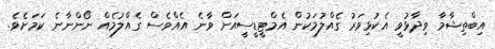
އިބްތިޝާމާ ވިދާޅުވީ އެކުޅިވަރު ގެއްލުމަކުން އެމްޓީޑީސީއަށް ވާނެ އެއްވެސް ގެއްލުމެއް ނޯންނާނެ ކަމަށެވެ.